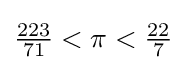
{\tfrac {223}{71}}<\pi <{\tfrac {22}{7}}